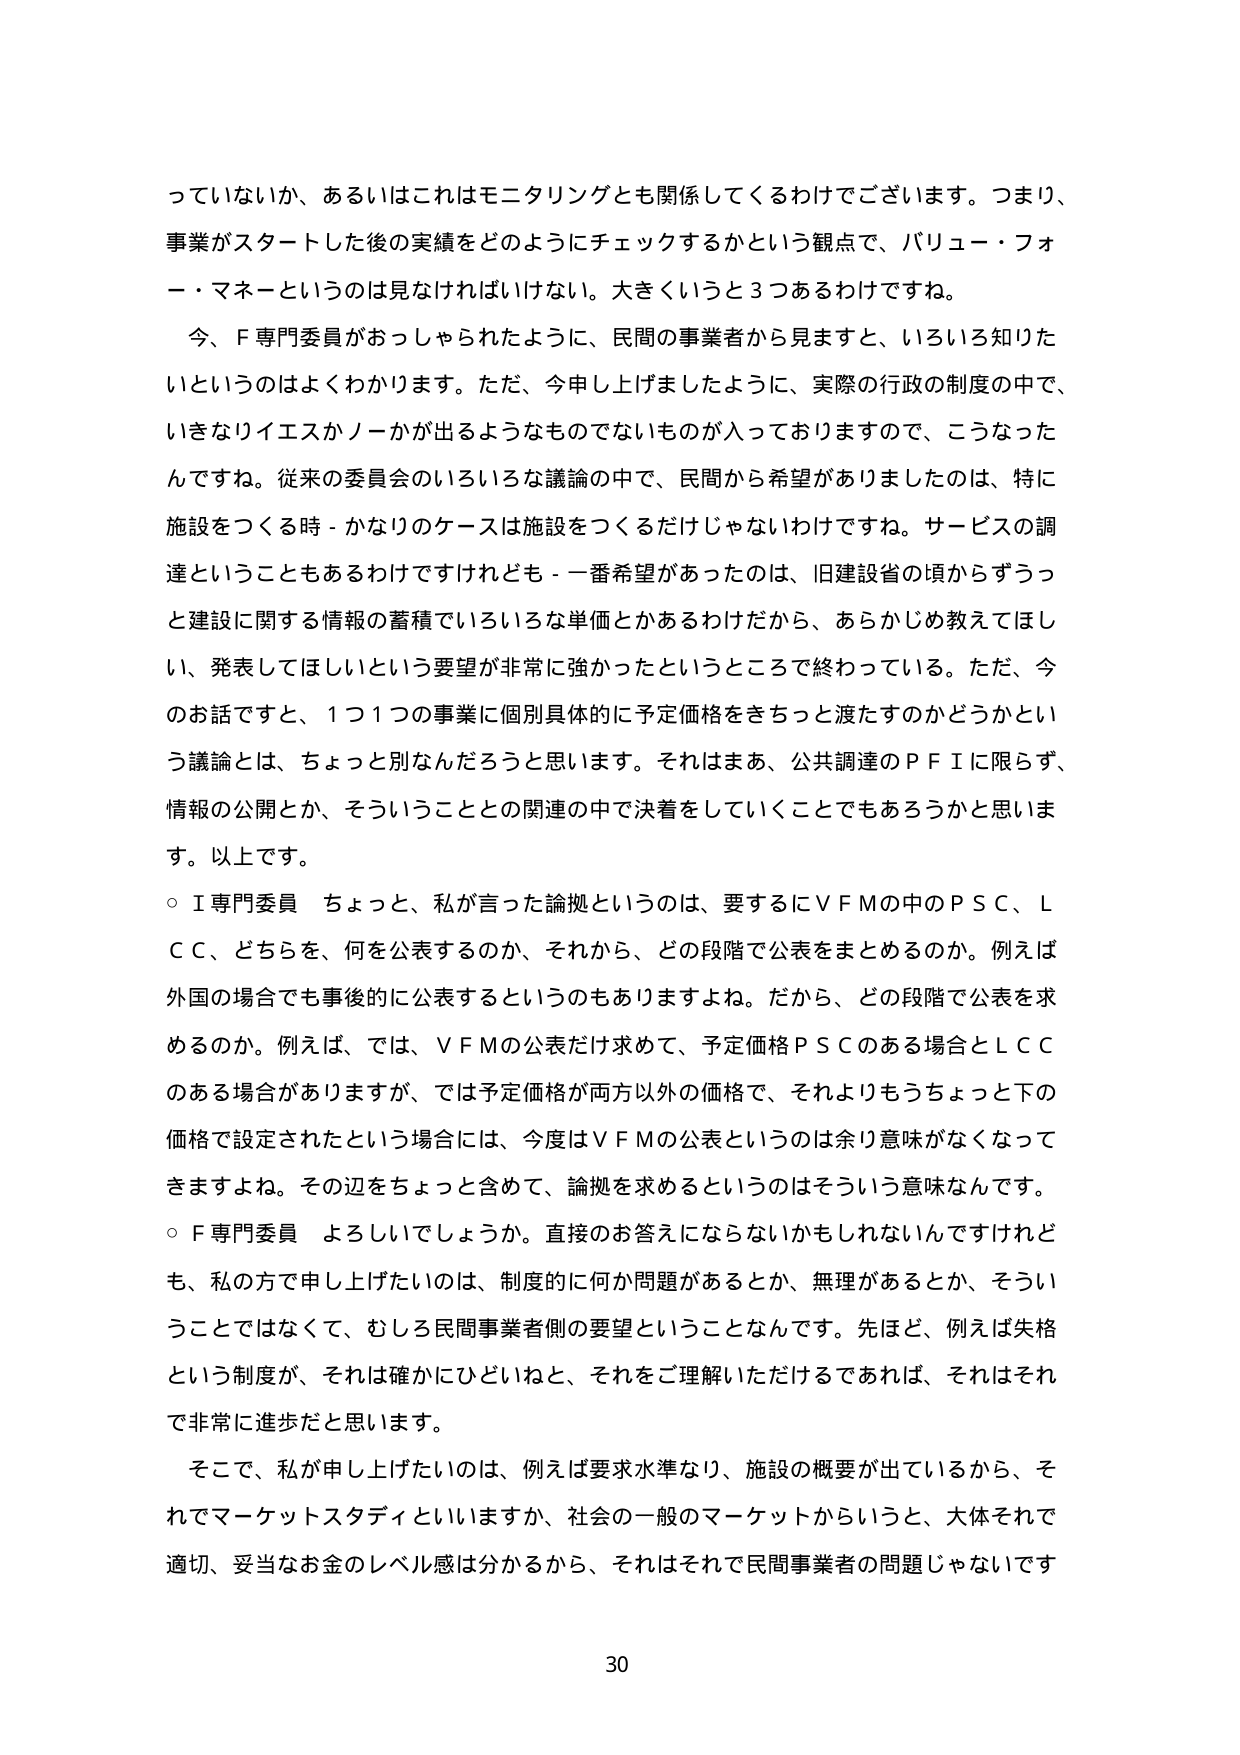
っていなか、あるいはこれはモニタリングとも関係してくるわけでございます。つまり、
事業がスタートした後の実績をどのようにチェックするかという観点で、バリュー・フォー・マネーというのは見なければいけない。大きくいうと３つあるわけですね。
今、Ｆ専門委員がおっしゃられたように、民間の事業者から見ますと、いろいろ知りたいというのはよくわかります。ただ、今申し上げましたように、実際の行政の制度の中で、いきなりイエスかノーが出るようなものでないものが入っておりますので、こうなったんですね。従来の委員会のいろいろな議論の中で、民間から希望がありましたのは、特に施設をつくる時－かなりのケースは施設をつくるだけじゃないわけですね。サービスの調達ということもあるわけですけれども－一番希望があったのは、旧建設省の頃からずっと建設に関する情報の蓄積でいろいろな単価とかあるわけだから、あらかじめ教えてほしい、発表してほしいという要望が非常に強かったというところで終わっている。ただ、今のお話ですと、１つ１つの事業に個別具体的に予定価格をきちっと渡すのかどうかという議論とは、ちょっと別なんだろうと思います。それはまあ、公共調達のＰＦＩに限らず、情報の公開とか、そういうこととの関連の中で決着をしていくことでもあろうかと思います。以上です。
○Ｉ専門委員　ちょっと、私が言った論拠というのは、要するにＶＦＭの中のＰＳＣ、ＬＣＣ、どちらを、何を公表するのか、それから、どの段階で公表をまとめるのか。例えば外国の場合でも事後的に公表するというのもありますよね。だから、どの段階で公表を求めるのか。例えば、では、ＶＦＭの公表だけ求めて、予定価格ＰＳＣのある場合とＬＣＣのある場合がありますが、では予定価格が両方以外の価格で、それよりもちょっと下の価格で設定されたという場合には、今度はＶＦＭの公表というのは余り意味がなくなってきますよね。その辺をちょっと含めて、論拠を求めるというのはそういう意味なんです。
○Ｆ専門委員　よろしいでしょうか。直接のお答えにならないかもしれませんが、私の方で申し上げたいのは、制度的に何か問題があるとか、無理があるとか、そういうことではなくて、むしろ民間事業者側の要望ということなんです。先ほど、例えば失格という制度が、それは確かにひどいねと、それをご理解いただけるであれば、それはそれで非常に進歩だと思います。
そこで、私が申し上げたいのは、例えば要求水準なり、施設の概要が出ているから、それでマーケットスタディといいますか、社会の一般のマーケットからいうと、大体それで適切、妥当なお金のレベル感は分かるから、それはそれで民間事業者の問題じゃないです
30